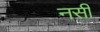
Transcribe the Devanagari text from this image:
नसी